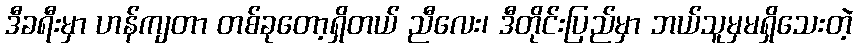
ဒီခရီးမှာ ဟန်ကျတာ တစ်ခုတော့ရှိတယ် ညီလေး၊ ဒီတိုင်းပြည်မှာ ဘယ်သူမှမရှိသေးတဲ့